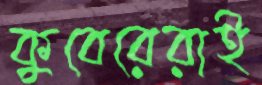
কুবেরেরাই